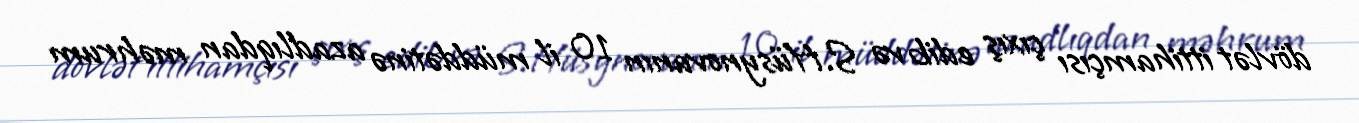
dövlət ittihamçısı çıxış edib və S.Hüsynovanın 10 il müddətinə azadlıqdan məhrum